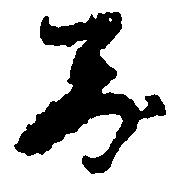
し